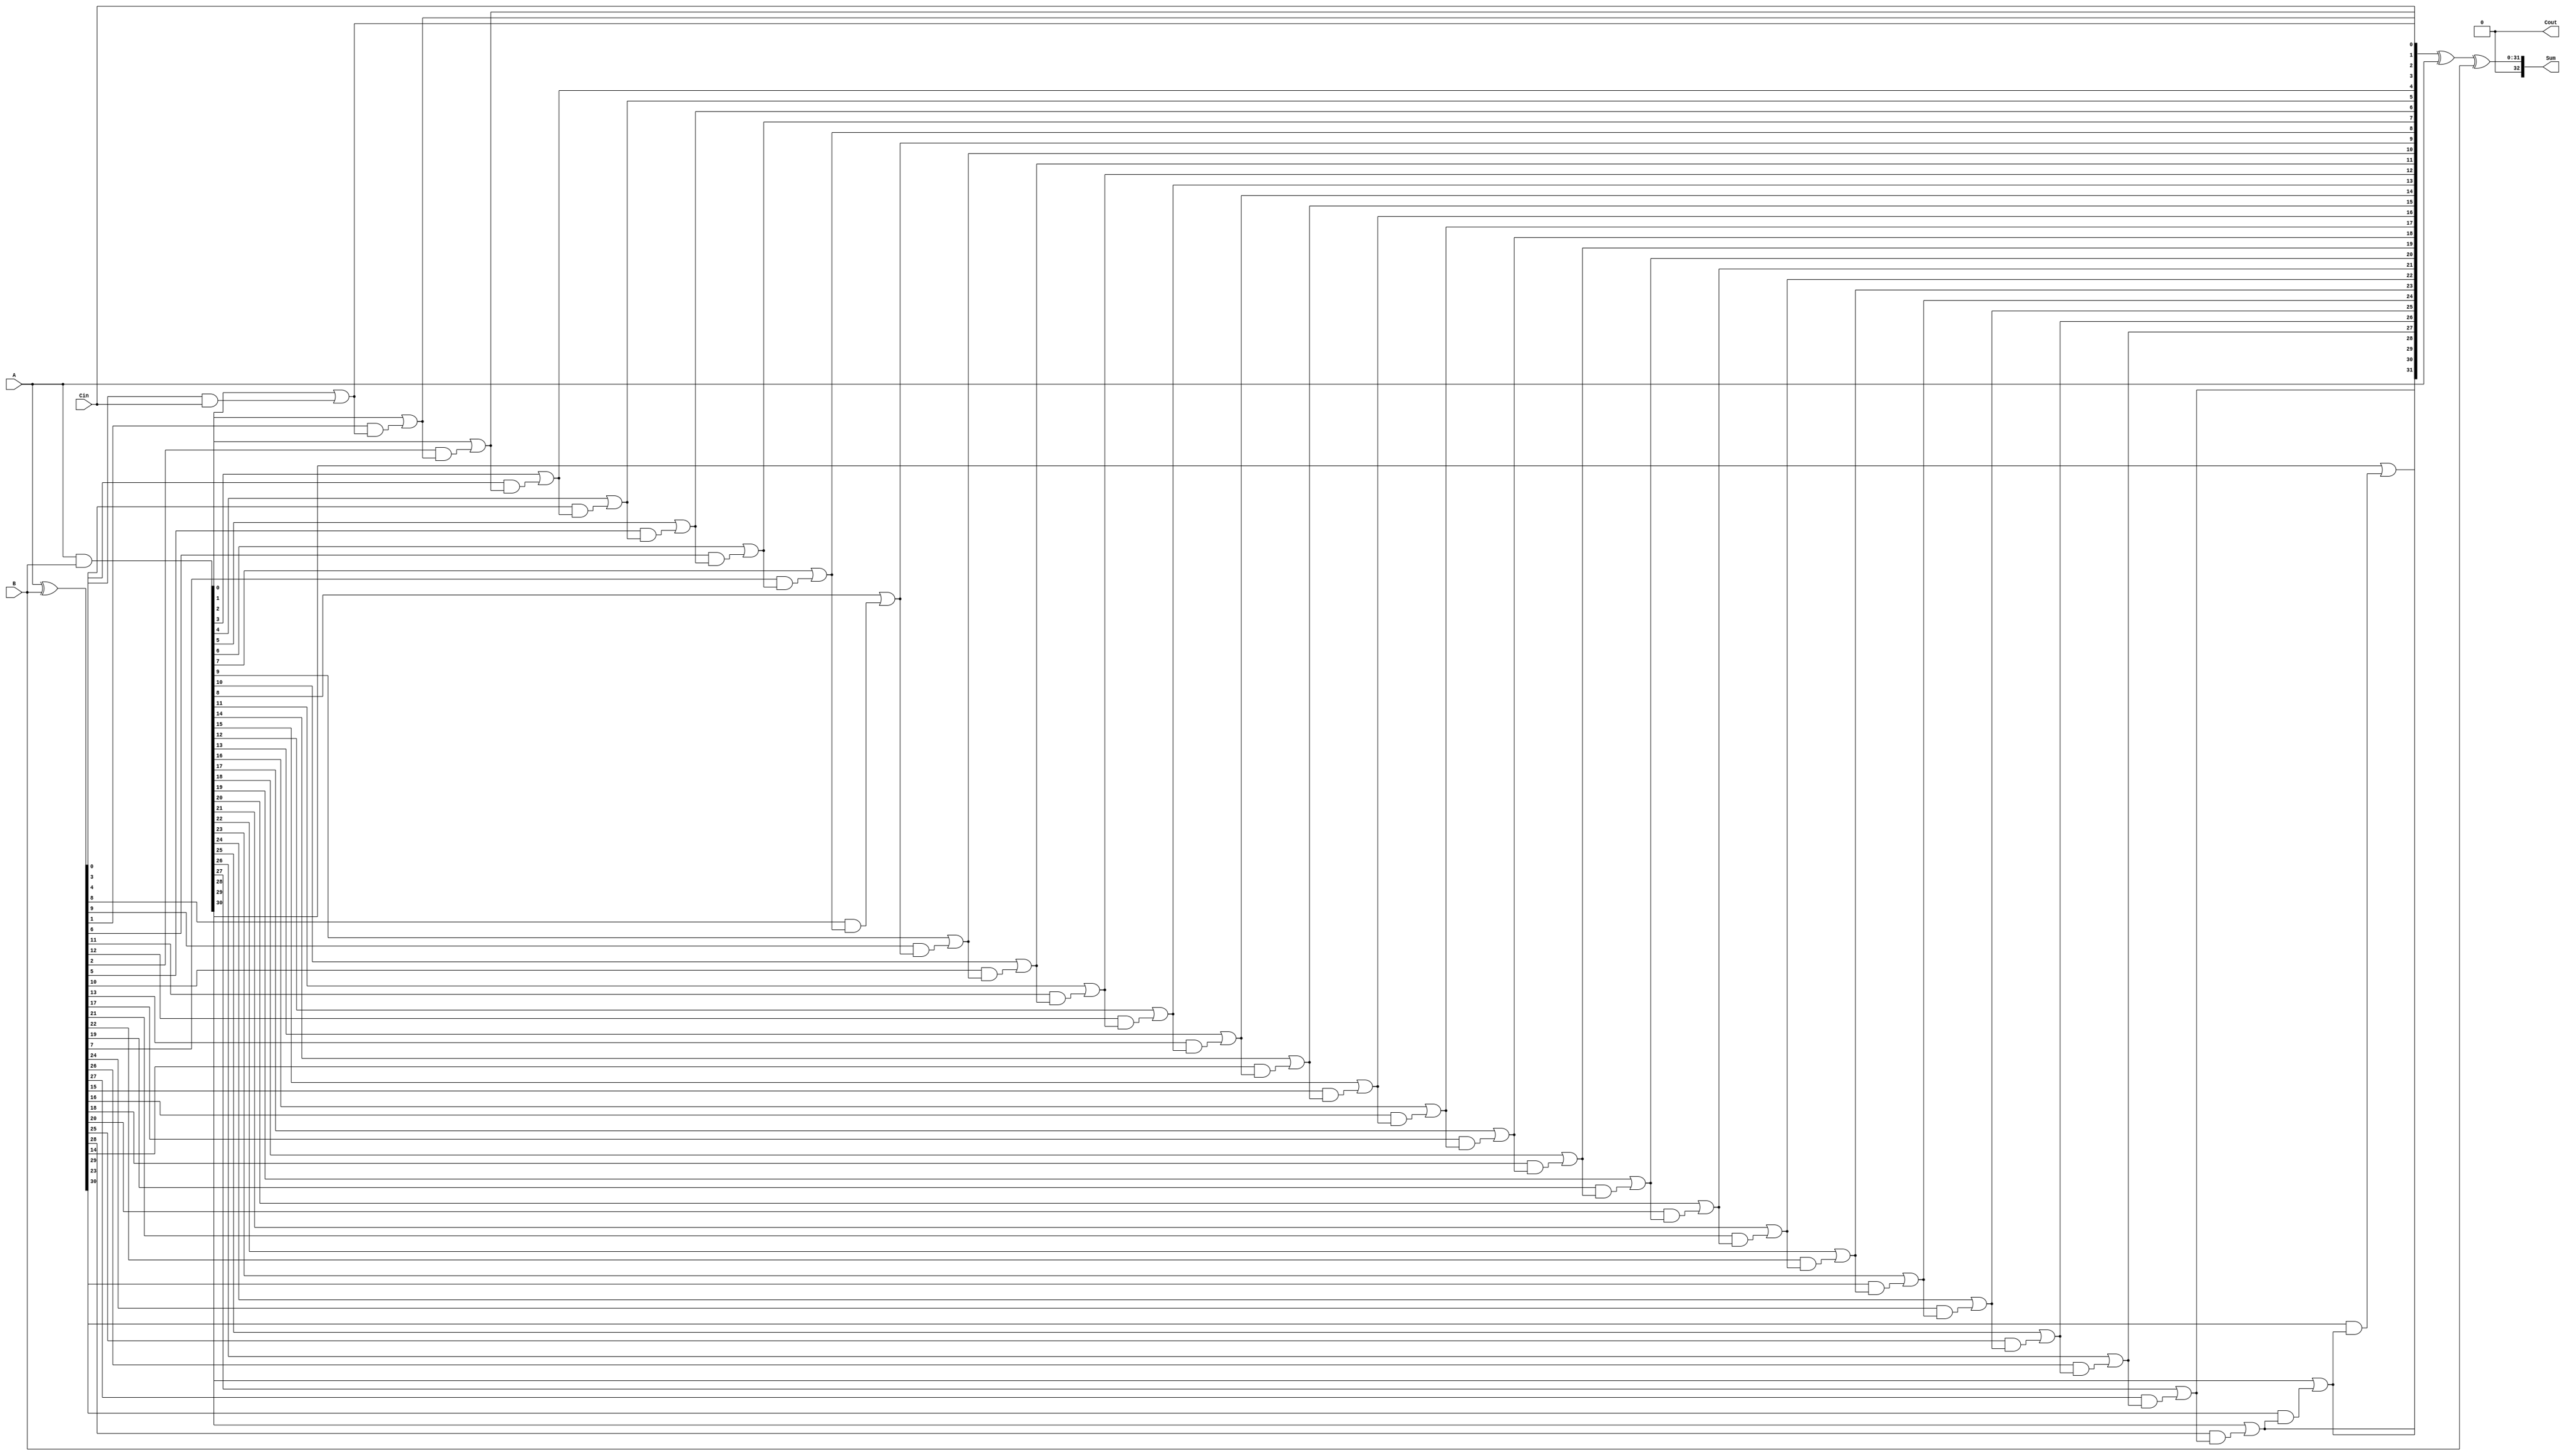
`timescale 1ns / 1ps
//////////////////////////////////////////////////////////////////////////////////
// Company: 
// Engineer: 
// 
// Design Name: 
// Module Name: cla32
// Project Name: 
// Target Devices: 
// Tool Versions: 
// Description: 
// 
// Dependencies: 
// 
// Revision:
// Revision 0.01 - File Created
// Additional Comments:
// 
//////////////////////////////////////////////////////////////////////////////////


module cla32(
    input [31:0] A,
    input [31:0] B,
    input Cin,
    output [32:0] Sum,
    output Cout
    );
    wire [31:0] P,G,C;
    assign P=A^B;
    assign G=A&B;
 assign C[0]=Cin;
 assign C[1]=(G[0]|P[0]&Cin);
assign C[2]=(G[1]|P[1]&(G[0]|P[0]&Cin));
assign C[3]=(G[2]|P[2]&(G[1]|P[1]&(G[0]|P[0]&Cin)));
assign C[4]=(G[3]|P[3]&(G[2]|P[2]&(G[1]|P[1]&(G[0]|P[0]&Cin))));
assign C[5]=(G[4]|P[4]&(G[3]|P[3]&(G[2]|P[2]&(G[1]|P[1]&(G[0]|P[0]&Cin)))));
assign C[6]=(G[5]|P[5]&(G[4]|P[4]&(G[3]|P[3]&(G[2]|P[2]&(G[1]|P[1]&(G[0]|P[0]&Cin))))));
assign C[7]=(G[6]|P[6]&(G[5]|P[5]&(G[4]|P[4]&(G[3]|P[3]&(G[2]|P[2]&(G[1]|P[1]&(G[0]|P[0]&Cin)))))));
assign C[8]=(G[7]|P[7]&(G[6]|P[6]&(G[5]|P[5]&(G[4]|P[4]&(G[3]|P[3]&(G[2]|P[2]&(G[1]|P[1]&(G[0]|P[0]&Cin))))))));
assign C[9]=(G[8]|P[8]&(G[7]|P[7]&(G[6]|P[6]&(G[5]|P[5]&(G[4]|P[4]&(G[3]|P[3]&(G[2]|P[2]&(G[1]|P[1]&(G[0]|P[0]&Cin)))))))));
assign C[10]=(G[9]|P[9]&(G[8]|P[8]&(G[7]|P[7]&(G[6]|P[6]&(G[5]|P[5]&(G[4]|P[4]&(G[3]|P[3]&(G[2]|P[2]&(G[1]|P[1]&(G[0]|P[0]&Cin))))))))));
assign C[11]=(G[10]|P[10]&(G[9]|P[9]&(G[8]|P[8]&(G[7]|P[7]&(G[6]|P[6]&(G[5]|P[5]&(G[4]|P[4]&(G[3]|P[3]&(G[2]|P[2]&(G[1]|P[1]&(G[0]|P[0]&Cin)))))))))));
assign C[12]=(G[11]|P[11]&(G[10]|P[10]&(G[9]|P[9]&(G[8]|P[8]&(G[7]|P[7]&(G[6]|P[6]&(G[5]|P[5]&(G[4]|P[4]&(G[3]|P[3]&(G[2]|P[2]&(G[1]|P[1]&(G[0]|P[0]&Cin))))))))))));
assign C[13]=(G[12]|P[12]&(G[11]|P[11]&(G[10]|P[10]&(G[9]|P[9]&(G[8]|P[8]&(G[7]|P[7]&(G[6]|P[6]&(G[5]|P[5]&(G[4]|P[4]&(G[3]|P[3]&(G[2]|P[2]&(G[1]|P[1]&(G[0]|P[0]&Cin)))))))))))));
assign C[14]=(G[13]|P[13]&(G[12]|P[12]&(G[11]|P[11]&(G[10]|P[10]&(G[9]|P[9]&(G[8]|P[8]&(G[7]|P[7]&(G[6]|P[6]&(G[5]|P[5]&(G[4]|P[4]&(G[3]|P[3]&(G[2]|P[2]&(G[1]|P[1]&(G[0]|P[0]&Cin))))))))))))));
assign C[15]=(G[14]|P[14]&(G[13]|P[13]&(G[12]|P[12]&(G[11]|P[11]&(G[10]|P[10]&(G[9]|P[9]&(G[8]|P[8]&(G[7]|P[7]&(G[6]|P[6]&(G[5]|P[5]&(G[4]|P[4]&(G[3]|P[3]&(G[2]|P[2]&(G[1]|P[1]&(G[0]|P[0]&Cin)))))))))))))));
assign C[16]=(G[15]|P[15]&(G[14]|P[14]&(G[13]|P[13]&(G[12]|P[12]&(G[11]|P[11]&(G[10]|P[10]&(G[9]|P[9]&(G[8]|P[8]&(G[7]|P[7]&(G[6]|P[6]&(G[5]|P[5]&(G[4]|P[4]&(G[3]|P[3]&(G[2]|P[2]&(G[1]|P[1]&(G[0]|P[0]&Cin))))))))))))))));
assign C[17]=(G[16]|P[16]&(G[15]|P[15]&(G[14]|P[14]&(G[13]|P[13]&(G[12]|P[12]&(G[11]|P[11]&(G[10]|P[10]&(G[9]|P[9]&(G[8]|P[8]&(G[7]|P[7]&(G[6]|P[6]&(G[5]|P[5]&(G[4]|P[4]&(G[3]|P[3]&(G[2]|P[2]&(G[1]|P[1]&(G[0]|P[0]&Cin)))))))))))))))));
assign C[18]=(G[17]|P[17]&(G[16]|P[16]&(G[15]|P[15]&(G[14]|P[14]&(G[13]|P[13]&(G[12]|P[12]&(G[11]|P[11]&(G[10]|P[10]&(G[9]|P[9]&(G[8]|P[8]&(G[7]|P[7]&(G[6]|P[6]&(G[5]|P[5]&(G[4]|P[4]&(G[3]|P[3]&(G[2]|P[2]&(G[1]|P[1]&(G[0]|P[0]&Cin))))))))))))))))));
assign C[19]=(G[18]|P[18]&(G[17]|P[17]&(G[16]|P[16]&(G[15]|P[15]&(G[14]|P[14]&(G[13]|P[13]&(G[12]|P[12]&(G[11]|P[11]&(G[10]|P[10]&(G[9]|P[9]&(G[8]|P[8]&(G[7]|P[7]&(G[6]|P[6]&(G[5]|P[5]&(G[4]|P[4]&(G[3]|P[3]&(G[2]|P[2]&(G[1]|P[1]&(G[0]|P[0]&Cin)))))))))))))))))));
assign C[20]=(G[19]|P[19]&(G[18]|P[18]&(G[17]|P[17]&(G[16]|P[16]&(G[15]|P[15]&(G[14]|P[14]&(G[13]|P[13]&(G[12]|P[12]&(G[11]|P[11]&(G[10]|P[10]&(G[9]|P[9]&(G[8]|P[8]&(G[7]|P[7]&(G[6]|P[6]&(G[5]|P[5]&(G[4]|P[4]&(G[3]|P[3]&(G[2]|P[2]&(G[1]|P[1]&(G[0]|P[0]&Cin))))))))))))))))))));
assign C[21]=(G[20]|P[20]&(G[19]|P[19]&(G[18]|P[18]&(G[17]|P[17]&(G[16]|P[16]&(G[15]|P[15]&(G[14]|P[14]&(G[13]|P[13]&(G[12]|P[12]&(G[11]|P[11]&(G[10]|P[10]&(G[9]|P[9]&(G[8]|P[8]&(G[7]|P[7]&(G[6]|P[6]&(G[5]|P[5]&(G[4]|P[4]&(G[3]|P[3]&(G[2]|P[2]&(G[1]|P[1]&(G[0]|P[0]&Cin)))))))))))))))))))));
assign C[22]=(G[21]|P[21]&(G[20]|P[20]&(G[19]|P[19]&(G[18]|P[18]&(G[17]|P[17]&(G[16]|P[16]&(G[15]|P[15]&(G[14]|P[14]&(G[13]|P[13]&(G[12]|P[12]&(G[11]|P[11]&(G[10]|P[10]&(G[9]|P[9]&(G[8]|P[8]&(G[7]|P[7]&(G[6]|P[6]&(G[5]|P[5]&(G[4]|P[4]&(G[3]|P[3]&(G[2]|P[2]&(G[1]|P[1]&(G[0]|P[0]&Cin))))))))))))))))))))));
assign C[23]=(G[22]|P[22]&(G[21]|P[21]&(G[20]|P[20]&(G[19]|P[19]&(G[18]|P[18]&(G[17]|P[17]&(G[16]|P[16]&(G[15]|P[15]&(G[14]|P[14]&(G[13]|P[13]&(G[12]|P[12]&(G[11]|P[11]&(G[10]|P[10]&(G[9]|P[9]&(G[8]|P[8]&(G[7]|P[7]&(G[6]|P[6]&(G[5]|P[5]&(G[4]|P[4]&(G[3]|P[3]&(G[2]|P[2]&(G[1]|P[1]&(G[0]|P[0]&Cin)))))))))))))))))))))));
assign C[24]=(G[23]|P[23]&(G[22]|P[22]&(G[21]|P[21]&(G[20]|P[20]&(G[19]|P[19]&(G[18]|P[18]&(G[17]|P[17]&(G[16]|P[16]&(G[15]|P[15]&(G[14]|P[14]&(G[13]|P[13]&(G[12]|P[12]&(G[11]|P[11]&(G[10]|P[10]&(G[9]|P[9]&(G[8]|P[8]&(G[7]|P[7]&(G[6]|P[6]&(G[5]|P[5]&(G[4]|P[4]&(G[3]|P[3]&(G[2]|P[2]&(G[1]|P[1]&(G[0]|P[0]&Cin))))))))))))))))))))))));
assign C[25]=(G[24]|P[24]&(G[23]|P[23]&(G[22]|P[22]&(G[21]|P[21]&(G[20]|P[20]&(G[19]|P[19]&(G[18]|P[18]&(G[17]|P[17]&(G[16]|P[16]&(G[15]|P[15]&(G[14]|P[14]&(G[13]|P[13]&(G[12]|P[12]&(G[11]|P[11]&(G[10]|P[10]&(G[9]|P[9]&(G[8]|P[8]&(G[7]|P[7]&(G[6]|P[6]&(G[5]|P[5]&(G[4]|P[4]&(G[3]|P[3]&(G[2]|P[2]&(G[1]|P[1]&(G[0]|P[0]&Cin)))))))))))))))))))))))));
assign C[26]=(G[25]|P[25]&(G[24]|P[24]&(G[23]|P[23]&(G[22]|P[22]&(G[21]|P[21]&(G[20]|P[20]&(G[19]|P[19]&(G[18]|P[18]&(G[17]|P[17]&(G[16]|P[16]&(G[15]|P[15]&(G[14]|P[14]&(G[13]|P[13]&(G[12]|P[12]&(G[11]|P[11]&(G[10]|P[10]&(G[9]|P[9]&(G[8]|P[8]&(G[7]|P[7]&(G[6]|P[6]&(G[5]|P[5]&(G[4]|P[4]&(G[3]|P[3]&(G[2]|P[2]&(G[1]|P[1]&(G[0]|P[0]&Cin))))))))))))))))))))))))));
assign C[27]=(G[26]|P[26]&(G[25]|P[25]&(G[24]|P[24]&(G[23]|P[23]&(G[22]|P[22]&(G[21]|P[21]&(G[20]|P[20]&(G[19]|P[19]&(G[18]|P[18]&(G[17]|P[17]&(G[16]|P[16]&(G[15]|P[15]&(G[14]|P[14]&(G[13]|P[13]&(G[12]|P[12]&(G[11]|P[11]&(G[10]|P[10]&(G[9]|P[9]&(G[8]|P[8]&(G[7]|P[7]&(G[6]|P[6]&(G[5]|P[5]&(G[4]|P[4]&(G[3]|P[3]&(G[2]|P[2]&(G[1]|P[1]&(G[0]|P[0]&Cin)))))))))))))))))))))))))));
assign C[28]=(G[27]|P[27]&(G[26]|P[26]&(G[25]|P[25]&(G[24]|P[24]&(G[23]|P[23]&(G[22]|P[22]&(G[21]|P[21]&(G[20]|P[20]&(G[19]|P[19]&(G[18]|P[18]&(G[17]|P[17]&(G[16]|P[16]&(G[15]|P[15]&(G[14]|P[14]&(G[13]|P[13]&(G[12]|P[12]&(G[11]|P[11]&(G[10]|P[10]&(G[9]|P[9]&(G[8]|P[8]&(G[7]|P[7]&(G[6]|P[6]&(G[5]|P[5]&(G[4]|P[4]&(G[3]|P[3]&(G[2]|P[2]&(G[1]|P[1]&(G[0]|P[0]&Cin))))))))))))))))))))))))))));
assign C[29]=(G[28]|P[28]&(G[27]|P[27]&(G[26]|P[26]&(G[25]|P[25]&(G[24]|P[24]&(G[23]|P[23]&(G[22]|P[22]&(G[21]|P[21]&(G[20]|P[20]&(G[19]|P[19]&(G[18]|P[18]&(G[17]|P[17]&(G[16]|P[16]&(G[15]|P[15]&(G[14]|P[14]&(G[13]|P[13]&(G[12]|P[12]&(G[11]|P[11]&(G[10]|P[10]&(G[9]|P[9]&(G[8]|P[8]&(G[7]|P[7]&(G[6]|P[6]&(G[5]|P[5]&(G[4]|P[4]&(G[3]|P[3]&(G[2]|P[2]&(G[1]|P[1]&(G[0]|P[0]&Cin)))))))))))))))))))))))))))));
assign C[30]=(G[29]|P[29]&(G[28]|P[28]&(G[27]|P[27]&(G[26]|P[26]&(G[25]|P[25]&(G[24]|P[24]&(G[23]|P[23]&(G[22]|P[22]&(G[21]|P[21]&(G[20]|P[20]&(G[19]|P[19]&(G[18]|P[18]&(G[17]|P[17]&(G[16]|P[16]&(G[15]|P[15]&(G[14]|P[14]&(G[13]|P[13]&(G[12]|P[12]&(G[11]|P[11]&(G[10]|P[10]&(G[9]|P[9]&(G[8]|P[8]&(G[7]|P[7]&(G[6]|P[6]&(G[5]|P[5]&(G[4]|P[4]&(G[3]|P[3]&(G[2]|P[2]&(G[1]|P[1]&(G[0]|P[0]&Cin))))))))))))))))))))))))))))));
assign C[31]=(G[30]|P[30]&(G[29]|P[29]&(G[28]|P[28]&(G[27]|P[27]&(G[26]|P[26]&(G[25]|P[25]&(G[24]|P[24]&(G[23]|P[23]&(G[22]|P[22]&(G[21]|P[21]&(G[20]|P[20]&(G[19]|P[19]&(G[18]|P[18]&(G[17]|P[17]&(G[16]|P[16]&(G[15]|P[15]&(G[14]|P[14]&(G[13]|P[13]&(G[12]|P[12]&(G[11]|P[11]&(G[10]|P[10]&(G[9]|P[9]&(G[8]|P[8]&(G[7]|P[7]&(G[6]|P[6]&(G[5]|P[5]&(G[4]|P[4]&(G[3]|P[3]&(G[2]|P[2]&(G[1]|P[1]&(G[0]|P[0]&Cin)))))))))))))))))))))))))))))));
assign Cout=(G[31]|P[31]&(G[30]|P[30]&(G[29]|P[29]&(G[28]|P[28]&(G[27]|P[27]&(G[26]|P[26]&(G[25]|P[25]&(G[24]|P[24]&(G[23]|P[23]&(G[22]|P[22]&(G[21]|P[21]&(G[20]|P[20]&(G[19]|P[19]&(G[18]|P[18]&(G[17]|P[17]&(G[16]|P[16]&(G[15]|P[15]&(G[14]|P[14]&(G[13]|P[13]&(G[12]|P[12]&(G[11]|P[11]&(G[10]|P[10]&(G[9]|P[9]&(G[8]|P[8]&(G[7]|P[7]&(G[6]|P[6]&(G[5]|P[5]&(G[4]|P[4]&(G[3]|P[3]&(G[2]|P[2]&(G[1]|P[1]&(G[0]|P[0]&Cin))))))))))))))))))))))))))))))));
assign Sum=C^A^B;
assign Sum[32]=Cout;
endmodule